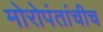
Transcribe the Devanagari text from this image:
मोरोपंतांचीच